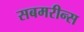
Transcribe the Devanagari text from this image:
सबमरीन्स